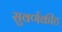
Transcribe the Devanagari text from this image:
सुवर्णकीट